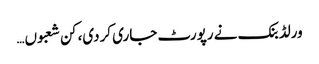
ورلڈ بنک نے رپورٹ جاری کردی، کن شعبوں…